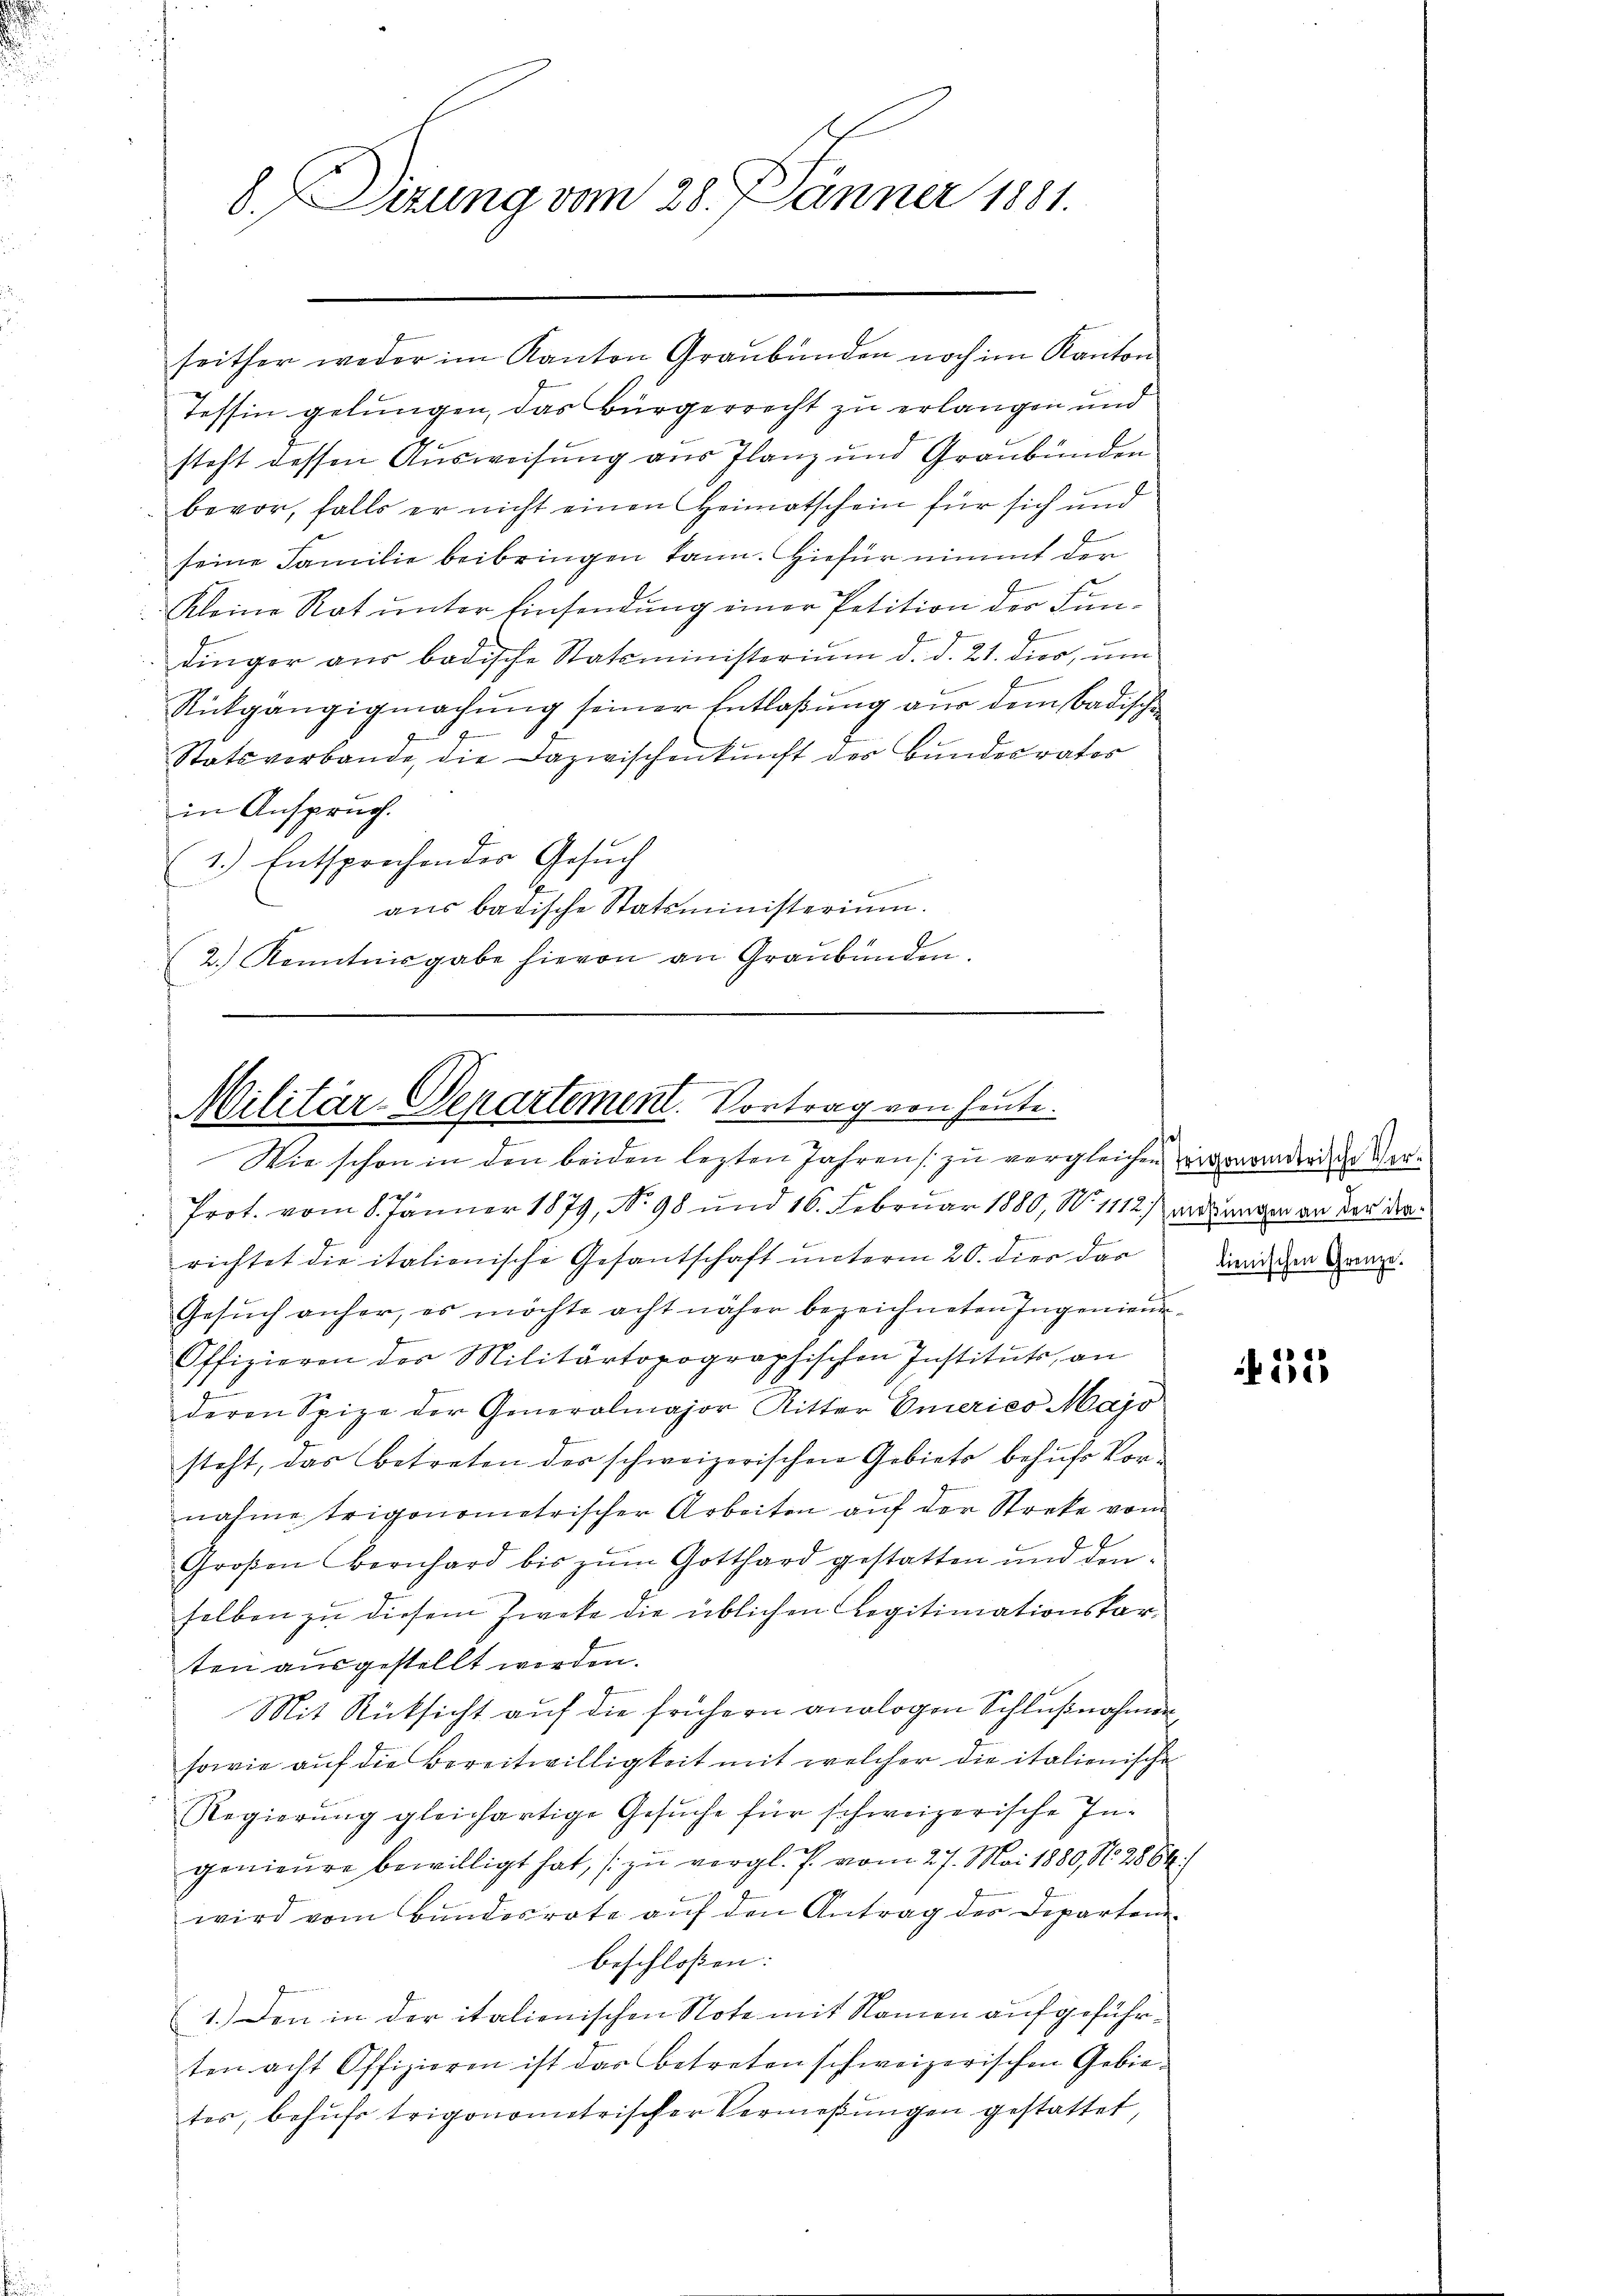
8.Dirung vom 28. Jänner 1881.

seither weder im Kanton Graubünden noch im Kanton
Tessin gelungen, das Bürgerrecht zu erlangen und
steht dessen Ausweisung aus Planz und Graubünden
bevor, falls er nicht einen Heimatschein für sich und
E
seine Familie beibringen kann. Hiefür nimmt der
Kleine Rat unter Einsendung einer Petition der Fun¬
7
dinger aŭs badische Statsministerium d. d. 21. dies, ŭm
Rückgängigmachung seiner Entlaßung aus dem Badische

Statsverbande, die Dazwischenkunft der Bundesrates
in Anspruch.
1.) Entsprechendes Gesuch
aus badische Statsministerium.
(2.) Kenntnisgabe hievon an Graubünden.

Militär-Departement. Vortrag von heute.
u
Wie schon in den beiden lezten Jahren zu vergleichen wieder der Ver¬

Prot. vom 8. Jänner 1879, No 98 und 16. Februar 1880, No. 1112 anderungen an der derrichtet die italionische Gesantschaft unterm 20. dies das
Gesŭch anher, es möchte acht näher bezeichneten Ingenieŭr-
Offizieren der Militärtopographischen Instituts an
deren Spize der Generalmajor Ritter Emeries Majo
steht, das betreten der schweizerischen Gebiete behufs Vornahme trigonometrischer Arbeiten auf der Streke vom
Großen Bernhard bis zum Gotthard gestatten und denselben zu diesem Zweke die üblichen Legitimationskarten ausgestellt werden.
Mit Rücksicht auf die frühern analogen Schlußnahmen
sowie auf die Bereitwilligkeit mit welcher die italienische
Regierŭng gleichartige Gesŭche für schweizerische In-
genieure bewilligt hat, zu vergl. P. vom 27. Mai 1880, No. 2864)
wird vom Bundesrate auf den Antrag der Departembeschloßen:
1.) Den in der italienischen Note mit Namen aufgeführten acht Offizieren ist das betreten schweizerischen Gebietes, behŭfs trigonometrischer Vermeβŭngen gestattet,

lienischen Grenze.

55